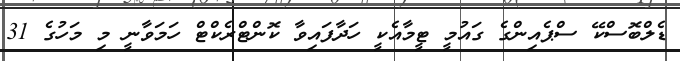
ޑެލްބޮސްކޭ ސްޕެއިންގެ ގައުމީ ޓީމާއެކީ ހަދާފައިވާ ކޮންޓްރެކްޓް ހަމަވާނީ މި މަހުގެ 31